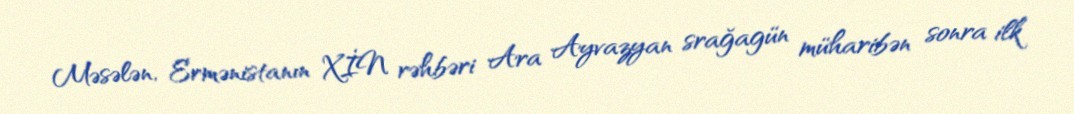
Məsələn, Ermənistanın XİN rəhbəri Ara Ayvazyan srağagün müharibən sonra ilk